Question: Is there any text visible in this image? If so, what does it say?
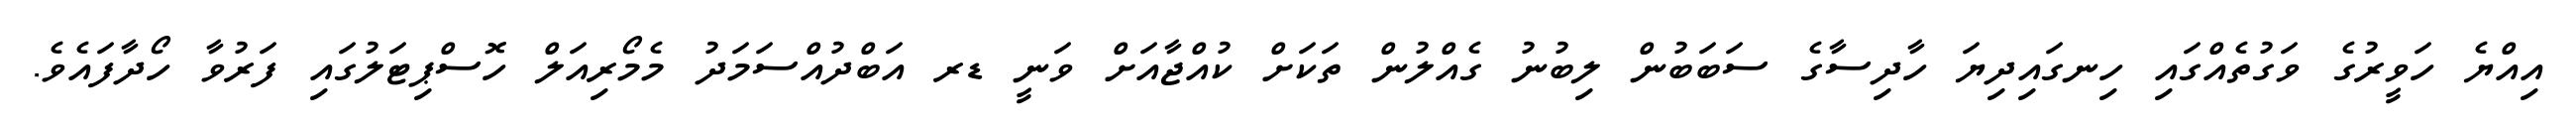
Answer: އިއްޔެ ހަވީރުގެ ވަގުތެއްގައި ހިނގައިދިޔަ ހާދިސާގެ ސަބަބުން ލިބުނު ގެއްލުން ތަކަށް ކުއްޖާއަށް ވަނީ ޑރ އަބްދުއްސަމަދު މެމޯރިއަލް ހޮސްޕިޓަލުގައި ފަރުވާ ހޯދާފައެވެ.